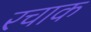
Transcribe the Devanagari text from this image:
रचाक